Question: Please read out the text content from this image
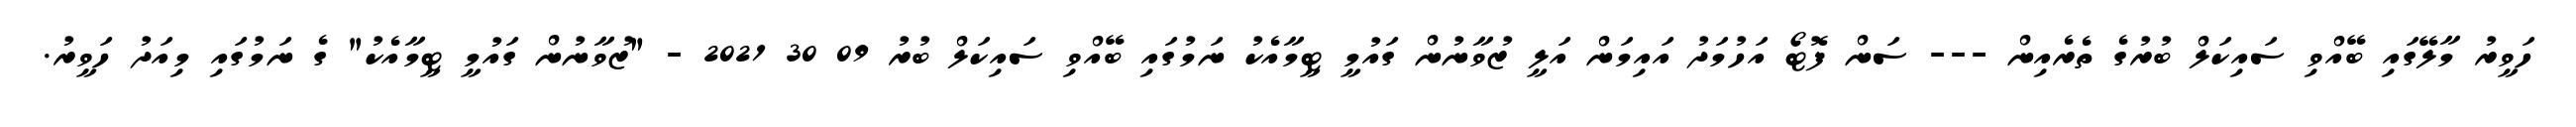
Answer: ހަވީރު މާލޭގައި ބޭއްވި ސައިކަލް ބުރުގެ ތެރެއިން --- ސަން ފޮޓޯ އަހުމަދު އައިމަން އަލީ ޒުވާނުން ގައުމީ ޓީމާއެކު ނަމުގައި ބޭއްވި ސައިކަލް ބުރު 09 30 2021 - "ޒުވާނުން ގައުމީ ޓީމާއެކު" ގެ ނަމުގައި މިއަދު ހަވީރު.